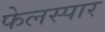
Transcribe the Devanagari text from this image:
फेलस्पार